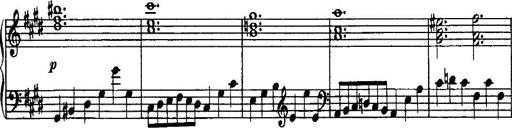
Title: Rondo di bravura
Composer: Franz Liszt